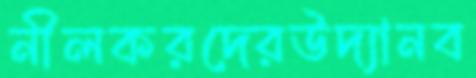
নীলকরদেরউদ্যানব